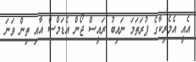
އެއީ އެމެރިކާގެ ފުރަތަމަ ނައިބު ރައީސް ޖޯން އެޑަމްސް އާއި ތިން ވަނަ